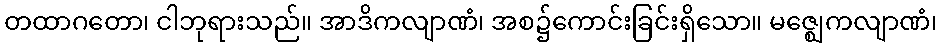
တထာဂတော၊ ငါဘုရားသည်။ အာဒိကလျာဏံ၊ အစ၌ကောင်းခြင်းရှိသော။ မဇ္ဈေကလျာဏံ၊